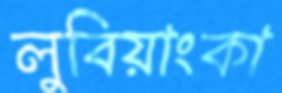
লুবিয়াংকা